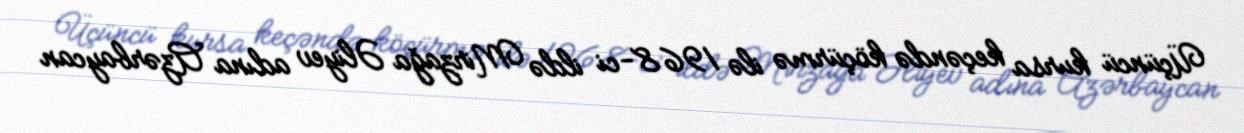
Üçüncü kursa keçəndə köçürmə ilə 1968-ci ildə Mirzağa Əliyev adına Azərbaycan